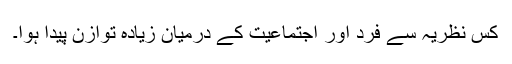
کس نظریہ سے فرد اور اجتماعیت کے درمیان زیادہ توازن پیدا ہوا۔